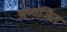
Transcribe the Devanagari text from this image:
अभ्यंजित